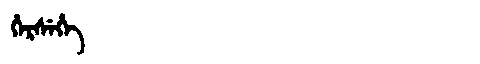
Manchu: ᡥᡝᡵᠰᡝᡥᡝ
Romanization: HERSEHE